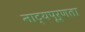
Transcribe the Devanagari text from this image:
नाट्यपूर्णता